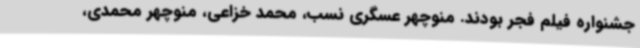
جشنواره‌ فیلم فجر بودند. منوچهر عسگری نسب‌، محمد خزاعی، منوچهر محمدی،